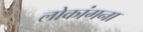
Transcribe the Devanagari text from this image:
लोकांगना